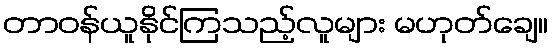
တာဝန်ယူနိုင်ကြသည့်လူများ မဟုတ်ချေ။